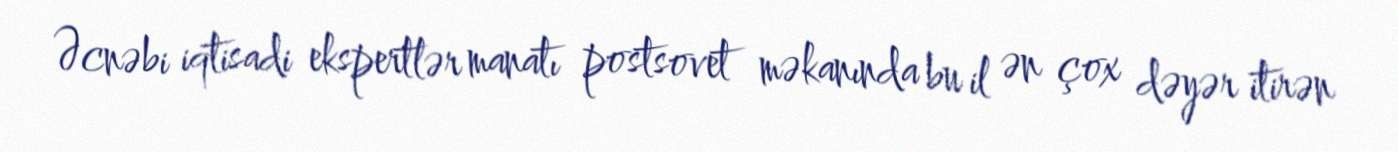
Əcnəbi iqtisadi ekspertlər manatı postsovet məkanında bu il ən çox dəyər itirən